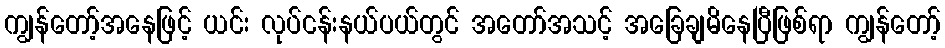
ကျွန်တော့်အနေဖြင့် ယင်း လုပ်ငန်းနယ်ပယ်တွင် အတော်အသင့် အခြေချမိနေပြီဖြစ်ရာ ကျွန်တော့်